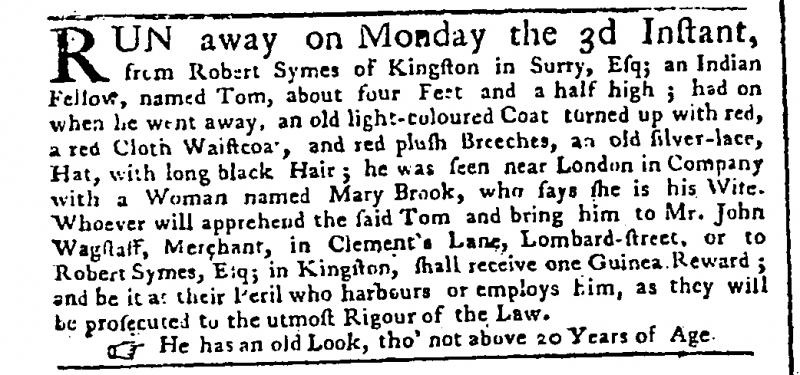
Public Advertiser, 13 January 1757 (England)
RUN away on Monday the 3d Instant, from Robert Symes of Kingston in Surry, Esq; an Indian Fellow, named Tom, about four feet and a half high; had on when he went away, an old light-coloured Coat turned up with red, a red Cloth Waistcoa[t], and red plush Breeches, an old silver-lace, Hat, with long black Hair; he was seen near London in Company with a Woman named Mary Brook, who says she is his Wife. Whoever will apprehend the said Tom and bring him to Mr. John Wagstaff, Merchant, in Clement's Lane, Lombard-street, or to Robert Symes, Esq; in Kingston, shall receive one Guinea Reward; and be it at their Peril who harbours or employs him, as they will be prosecuted to the utmost Rigour of the Law.  He has an old Look, tho’ not above 20 Years of Age.